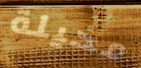
مخيلة